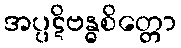
အပ္ပဋိဗန္ဓစိတ္တော